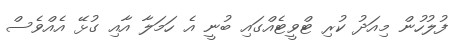
ފުލުހުން މިއަދު ކުރި ޓްވީޓެއްގައި ބުނީ އެ ހަމަލާ އާއި ގުޅޭ އެއްވެސް